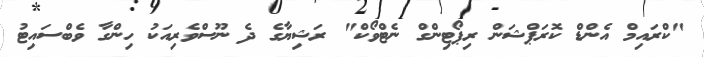
"ކްރައިމް އެންޑް ކޮރަޕްޝަން ރިޕޯޓިންގް ނެޓްވޯކް" ރަޝިޔާގެ ދެ ނޫސްވެރިއަކު ހިންގާ ވެބްސައިޓު